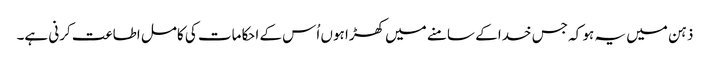
ذہن میں یہ ہو کہ جس خدا کے سامنے میں کھڑا ہوں اُس کے احکامات کی کامل اطاعت کرنی ہے۔